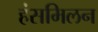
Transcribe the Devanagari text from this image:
हंसमिलन